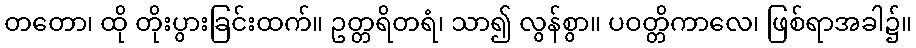
တတော၊ ထို တိုးပွားခြင်းထက်။ ဥတ္တရိတရံ၊ သာ၍ လွန်စွာ။ ပဝတ္တိကာလေ၊ ဖြစ်ရာအခါ၌။